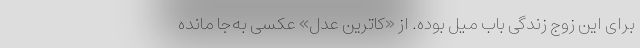
برای این زوج زندگی باب میل بوده. از «کاترین عدل» عکسی به‌جا مانده